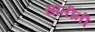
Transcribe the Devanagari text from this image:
सौतींनी